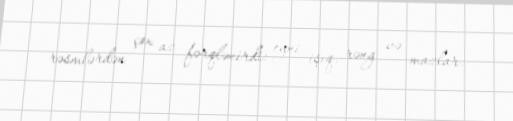
rəsmlərdən çox az fərqlənirdi: eyni işıq, rəng və mazlar.